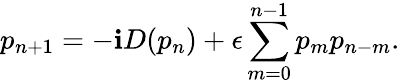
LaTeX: p_{n+1}=-\mathbf{i}D(p_{n})+\epsilon\sum_{m=0}^{n-1}p_{m}p_{n-m}.